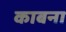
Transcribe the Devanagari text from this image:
काबना